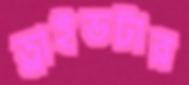
ড্রাইভটার